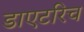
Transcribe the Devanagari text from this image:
डाएटरिच